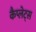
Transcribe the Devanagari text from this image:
कैप्लेट्स